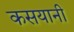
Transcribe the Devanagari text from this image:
कसयानी